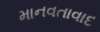
માનવતાવાદ